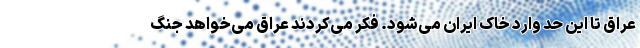
عراق تا این حد وارد خاک ایران می‌شود. فکر می‌کردند عراق می‌خواهد جنگ